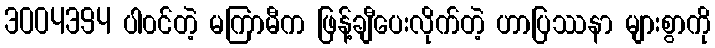
3004394 ပါ၀င်တဲ့ မကြာမီက ဖြန့်ချီပေးလိုက်တဲ့ ဟာပြဿနာ များစွာကို